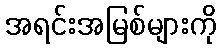
အရင်းအမြစ်များကို